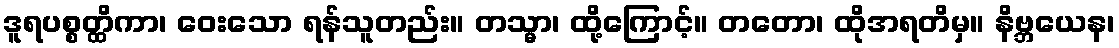
ဒူရပစ္စတ္ထိကာ၊ ဝေးသော ရန်သူတည်း။ တသ္မာ၊ ထို့ကြောင့်။ တတော၊ ထိုအရတိမှ။ နိဗ္ဘယေန၊